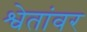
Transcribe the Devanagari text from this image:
श्वेतांवर